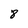
Character: 8